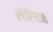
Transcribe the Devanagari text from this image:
लेरियन